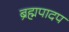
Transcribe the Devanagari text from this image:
ब्रह्मपादप